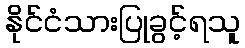
နိုင်ငံသားပြုခွင့်ရသူ